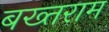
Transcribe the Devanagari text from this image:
बख्तराम